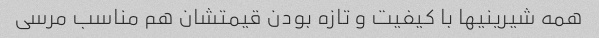
همه شیرینیها با کیفیت و تازه بودن قیمتشان هم مناسب مرسی